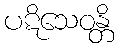
ပဋိသေဝန္တိ